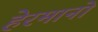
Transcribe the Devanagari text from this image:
हेरमानो